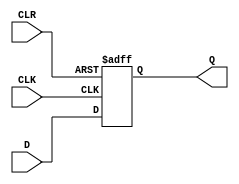
module gated_d_latch (
  input D,
  input CLK,
  input CLR,
  output reg Q
);

always @(posedge CLK or posedge CLR) begin
  if (CLR) begin
    Q <= 1'b0;
  end else begin
    Q <= D;
  end
end

endmodule